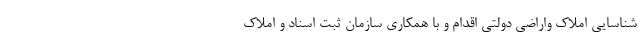
شناسایی املاک واراضی دولتی اقدام و با همکاری سازمان ثبت اسناد و املاک